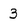
Character: 3